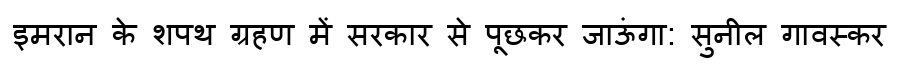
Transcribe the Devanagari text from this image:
इमरान के शपथ ग्रहण में सरकार से पूछकर जाऊंगा: सुनील गावस्कर